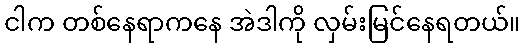
ငါက တစ်နေရာကနေ အဲဒါကို လှမ်းမြင်နေရတယ်။